Report on sanitation, dispensaries, and jails in Rajputana for 1909, and on vaccination for the year 1909-1910 - 1909-1910
Year: 1909
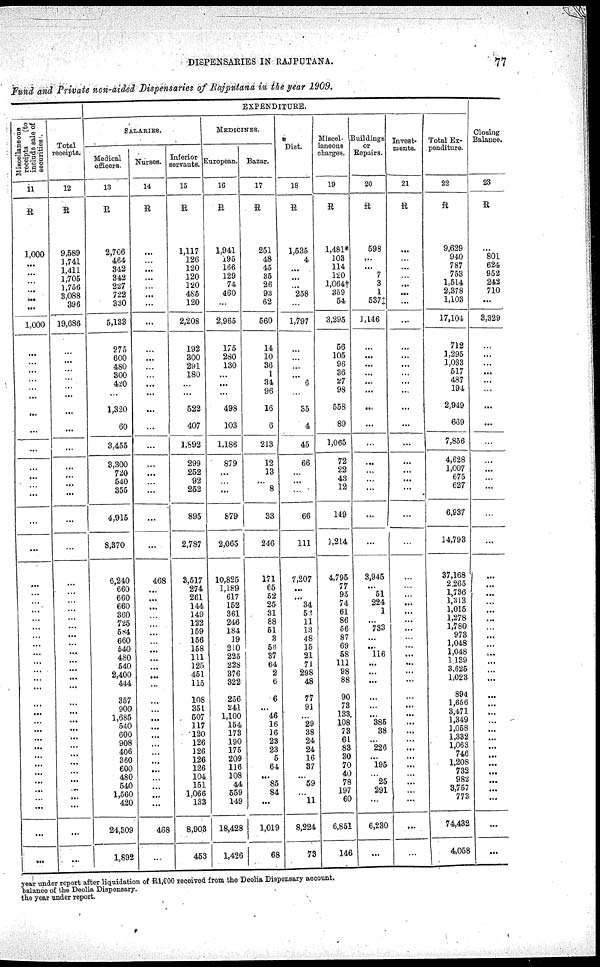
DISPENSARIES IN RAJPUTANA.
77
Fund and Private non-aided Dispensaries of Rajputana in the year 1909.
EXPENDITURE.
Miscellaneous
receipts
(to
include sale of
securities .
11
R
1,000
...
...
...
...
...
...
1,000
...
...
...
...
...
...
...
...
...
...
...
... ...
...
...
...
...
...
...
...
...
...
...
...
...
...
...
...
...
...
...
...
...
...
...
...
...
...
...
...
...
...
...
Total
receipts.
12
R
9,589
1,741
1,411
1,705
1,756
3,088
396
19,686
...
...
...
...
...
...
...
...
...
...
...
...
...
...
...
...
...
...
...
...
...
...
...
...
...
...
...
...
...
...
. ..
...
...
...
...
...
...
...
...
...
...
...
...
SALARIES.
Medical
officers.
13
R
2,706
464
342
342
227
722
330
5,133
275
600
480
300
420
...
1,320
60
3,455
3,300
720
540
355
4,915
8,370
6,240
660
660
660
360
725
584
660
540
480
540
2,400
444
357
900
1,685
540
600
908
406
360
600
480
540
1,560
420
24,309
1,892
Nurses.
14
R
...
...
...
...
...
...
...
...
...
...
...
...
...
...
...
...
...
...
...
...
...
...
...
468
...
...
...
...
...
...
...
...
...
...
. ..
...
...
...
...
...
...
...
...
...
...
...
...
...
...
468
...
Inferior
servants.
15
R
1,117
126
120
120
120
485
120
2,208
192
300
291
180
...
...
522
407
1,892
299
252
92
252
895
2,787
3,517
274
261
144
149
122
159
156
158
111
125
451
115
108
351
507
117
120
126
126
126
126
104
151
1,066
133
8,903
453
MEDICINES.
European.
16
R
1,941
195
166
129
74
460
...
2,965
175
280
130
...
...
...
498
103
1,186
879
...
... ...
879
2,065
10,825
1,189
617
162
361
246
184
19
210
225
228
376
322
256
241
1,100
154
173
190
175
209
116
108
44
559
149
18,428
1,426
Bazar.
17
R
251
48
45
35
20
93
62
560
14
10
36
1
34
96
16
6
213
12
13
...
8
33
246
171
65
52
25
31
88
51
3
56
37
64
2
6
6
...
46
16
16
23
23
5
64
...
85
84
...
1,019
68
Diet.
18
R
1,535
4
...
...
...
258
...
1,797
...
...
...
...
6
...
35
4
45
66
...
...
...
66
111
7,207
...
...
34
52
11
13
48
15
21
71
298
48
77
91
...
29
38
24
24
16
37
...
59
...
11
8,224
73
Miscel-
laneous
charges.
19
R
1,481*
103
114
120
1,064†
359
54
3,295
56
105
96
36
27
98
558
89
1,065
72
22
43
12
149
1,214
4,795
77
95
74
61
86
56
87
69
58
111
98
88
90
73
133
108
73
61
83
30
70
40
78
197
60
6,851
146
Buildings
or
Repairs.
20
R
598
...
...
7
3
1
537‡
1,146
...
...
...
...
...
...
...
...
...
...
...
... ...
...
...
3,945
...
51
224
1
...
733
...
...
116
...
...
...
...
...
...
385
38
...
226
...
195
...
25
291
...
6,230
...
Invest-
ments.
21
R
...
...
...
...
...
...
...
...
...
...
...
...
...
...
...
...
...
...
...
...
...
...
...
...
...
...
...
...
...
...
...
...
...
...
...
...
...
...
...
...
...
...
. ..
...
...
...
...
...
...
...
...
Total Ex¬
penditure.
22
R
9,629
940
787
753
1,614
2,378
1,103
17,104
712
1,295
1,033
517
487
194
2,949
669
7,856
4,628
1,007
675
627
6,937
14,793
37,168
2265
1,736
1,313
1,015
1,278
1,780
973
1,048
1,048
1,139
3,625
1,023
894
1,656
3,471
1,349
1,058
1,332
1,063
746
1,208
732
982
3,757
773
74,432
4,058
Closing
Balance.
23
R
...
801
624
952
242
710
...
3,329
...
...
...
...
...
...
...
...
...
...
...
... ...
...
...
...
...
...
...
...
...
...
...
...
...
...
...
...
...
...
...
...
...
...
...
...
...
...
...
...
...
...
...
year under report after liquidation of R1,000 received from the Deolia Dispensary account.
balance of the Deolia Dispensary.
the year under report.